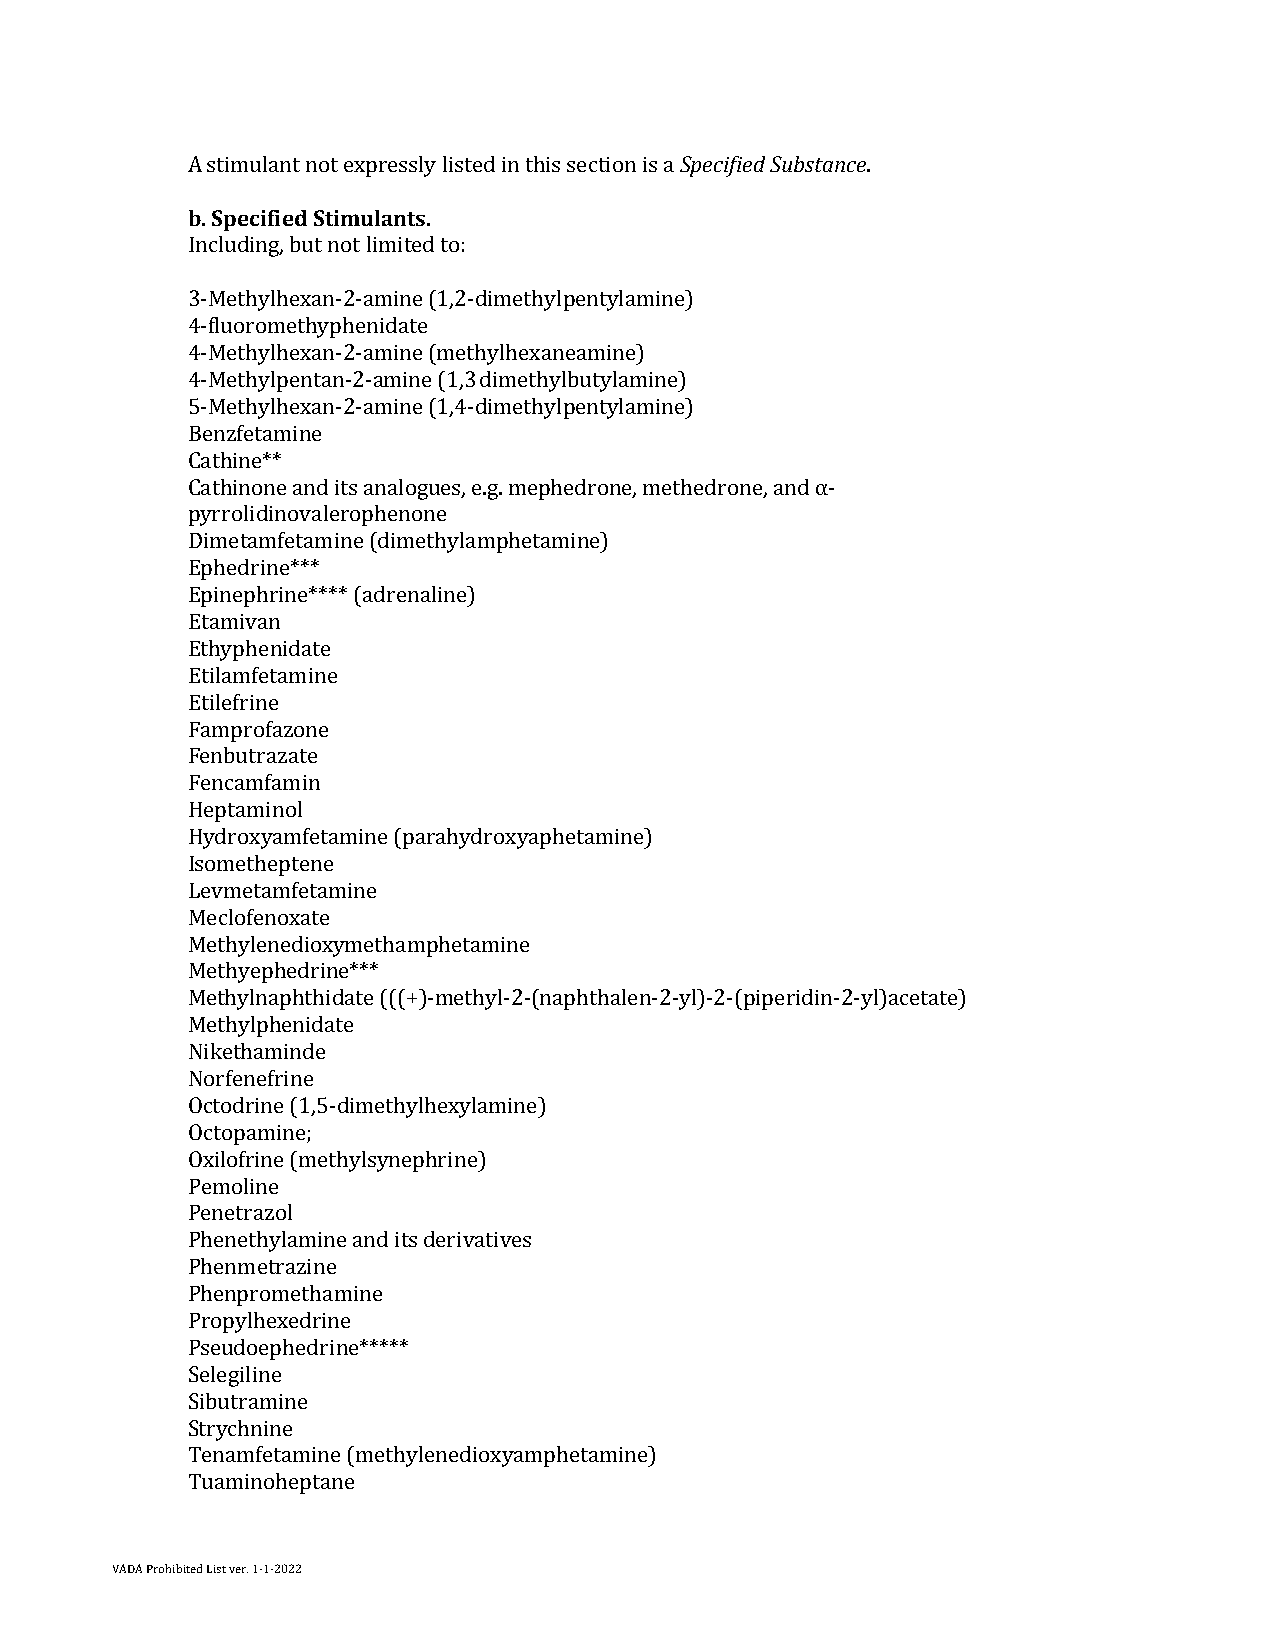
A stimulant not expressly listed in this section is a Specified Substance.
 b. Specified Stimulants.
 Including, but not limited to:
 3-Methylhexan-2-amine (1,2-dimethylpentylamine)
 4-fluoromethyphenidate
 4-Methylhexan-2-amine (methylhexaneamine)
 4-Methylpentan-2-amine (1,3 dimethylbutylamine)
 5-Methylhexan-2-amine (1,4-dimethylpentylamine)
 Benzfetamine
 Cathine**
 Cathinone and its analogues, e.g. mephedrone, methedrone, and α-
 pyrrolidinovalerophenone
 Dimetamfetamine (dimethylamphetamine)
 Ephedrine***
 Epinephrine**** (adrenaline)
 Etamivan
 Ethyphenidate
 Etilamfetamine
 Etilefrine
 Famprofazone
 Fenbutrazate
 Fencamfamin
 Heptaminol
 Hydroxyamfetamine (parahydroxyaphetamine)
 Isometheptene
 Levmetamfetamine
 Meclofenoxate
 Methylenedioxymethamphetamine
 Methyephedrine***
 Methylnaphthidate (((+)-methyl-2-(naphthalen-2-yl)-2-(piperidin-2-yl)acetate)
 Methylphenidate
 Nikethaminde
 Norfenefrine
 Octodrine (1,5-dimethylhexylamine)
 Octopamine;
 Oxilofrine (methylsynephrine)
 Pemoline
 Penetrazol
 Phenethylamine and its derivatives
 Phenmetrazine
 Phenpromethamine
 Propylhexedrine
 Pseudoephedrine*****
 Selegiline
 Sibutramine
 Strychnine
 Tenamfetamine (methylenedioxyamphetamine)
 Tuaminoheptane
 VADA Prohibited List ver. 1-1-2022